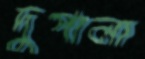
দুপালা